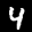
Label: 4